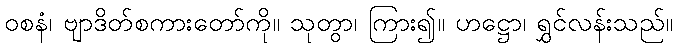
ဝစနံ၊ ဗျာဒိတ်စကားတော်ကို။ သုတွာ၊ ကြား၍။ ဟဋ္ဌော၊ ရွှင်လန်းသည်။